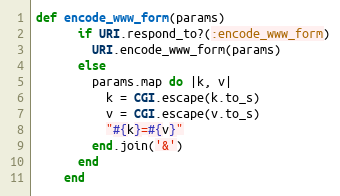
Language: Ruby
def encode_www_form(params)
      if URI.respond_to?(:encode_www_form)
        URI.encode_www_form(params)
      else
        params.map do |k, v|
          k = CGI.escape(k.to_s)
          v = CGI.escape(v.to_s)
          "#{k}=#{v}"
        end.join('&')
      end
    end